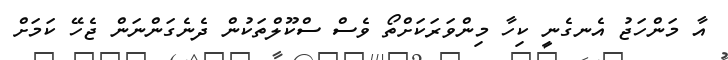
އާ މަންހަޖު އެނގެނީ ކިހާ މިންވަރަކަށްތޯ ވެސް ސްކޫލްތަކުން ދެނެގަންނަން ޖެހޭ ކަމަށް